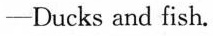
—Ducks and fish.